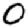
Digit: 0